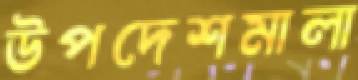
উপদেশমালা